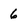
Character: 6